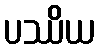
ပဿိယ